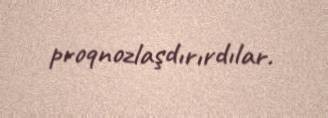
proqnozlaşdırırdılar.